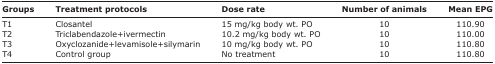
<table><thead><tr><td><b>Groups</b></td><td><b>Treatment protocols</b></td><td><b>Dose rate</b></td><td><b>Number of animals</b></td><td><b>Mean EPG</b></td></tr></thead><tbody><tr><td>T1</td><td>Closantel</td><td>15 mg/kg body wt. PO</td><td>10</td><td>110.90</td></tr><tr><td>T2</td><td>Triclabendazole+ivermectin</td><td>10.2 mg/kg body wt. PO</td><td>10</td><td>110.00</td></tr><tr><td>T3</td><td>Oxyclozanide+levamisole+silymarin</td><td>10 mg/kg body wt. PO</td><td>10</td><td>110.80</td></tr><tr><td>T4</td><td>Control group</td><td>No treatment</td><td>10</td><td>110.80</td></tr></tbody></table>